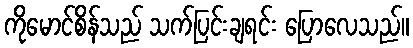
ကိုမောင်စိန်သည် သက်ပြင်းချရင်း ပြောလေသည်။